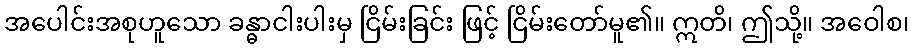
အပေါင်းအစုဟူသော ခန္ဓာငါးပါးမှ ငြိမ်းခြင်း ဖြင့် ငြိမ်းတော်မူ၏။ ဣတိ၊ ဤသို့။ အဝေါစ၊